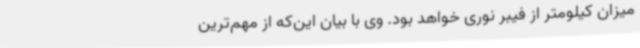
میزان کیلومتر از فیبر نوری خواهد بود. وی با بیان این‌که از مهم‌ترین